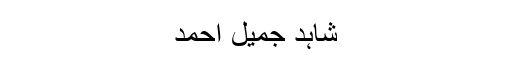
شاہد جمیل احمد